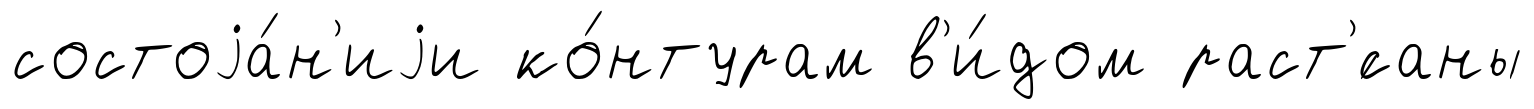
состоjа́н'иjи ко́нтурам в'и́дом раст'́саны